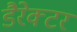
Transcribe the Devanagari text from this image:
डैरेक्टर